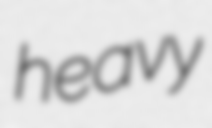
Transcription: heavy